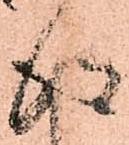
得